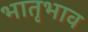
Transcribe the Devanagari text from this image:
भातृभाव